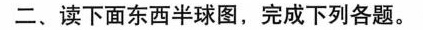
二、读下面东西半球图，完成下列各题。